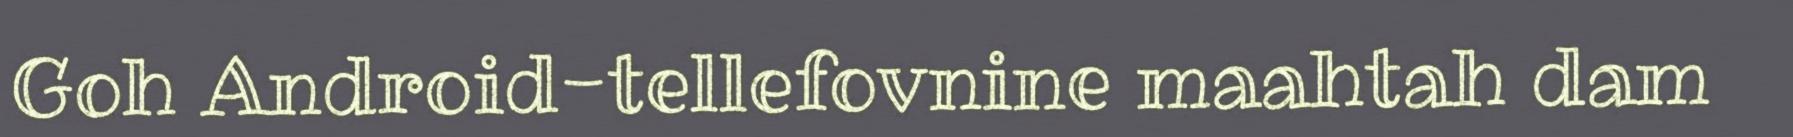
Goh Android-tellefovnine maahtah dam